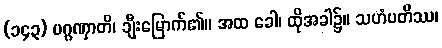
(၁၄၃) ပဂ္ဂဏှာတိ၊ ချီးမြောက်၏။ အထ ခေါ၊ ထိုအခါ၌။ သဟံပတိဿ၊